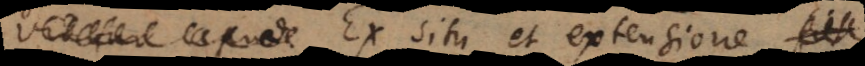
Ex situ et extensione